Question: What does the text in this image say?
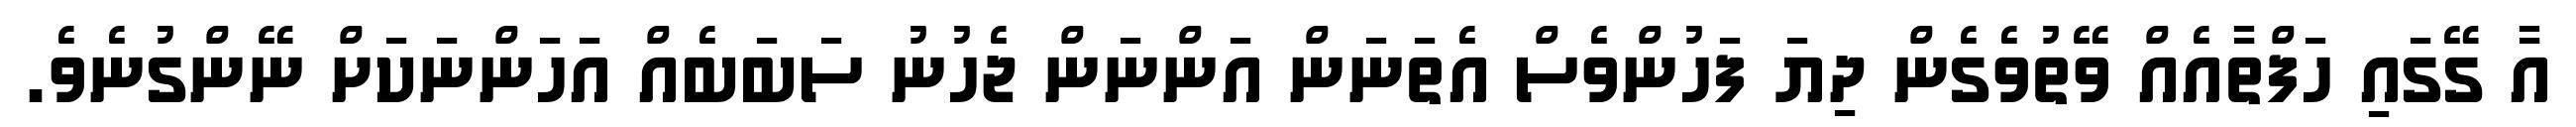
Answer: އާ ގޭގައި ހަފްތާއެއް ވޭތުވެގެން ދިޔަ ފަހުންވެސް އެތަނަން އަންނަން ޖެހުނު ސަބަބެއް އަހަންނަކަށް ނޭންގުނެވެ.